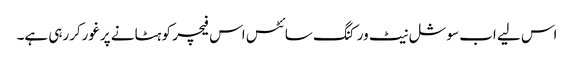
اس لیے اب سوشل نیٹ ورکنگ سائٹس اس فیچر کو ہٹانے پرغورکررہی ہے۔